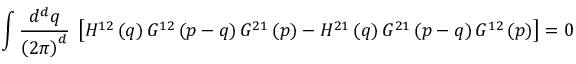
\int \frac { d ^ { d } q } { \left( 2 \pi \right) ^ { d } } \; \left[ H ^ { 1 2 } \left( q \right) G ^ { 1 2 } \left( p - q \right) G ^ { 2 1 } \left( p \right) - H ^ { 2 1 } \left( q \right) G ^ { 2 1 } \left( p - q \right) G ^ { 1 2 } \left( p \right) \right] = 0